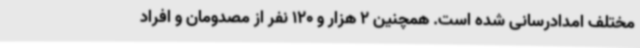
مختلف امدادرسانی شده است. همچنین 2 هزار و 120 نفر از مصدومان و افراد